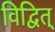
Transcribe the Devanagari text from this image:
विद्वित्